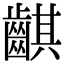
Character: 䶞